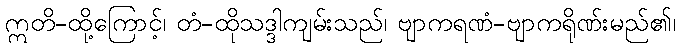
ဣတိ-ထို့ကြောင့်၊ တံ-ထိုသဒ္ဒါကျမ်းသည်၊ ဗျာကရဏံ-ဗျာကရိုဏ်းမည်၏၊